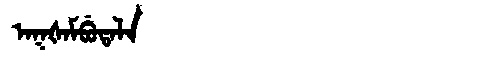
Manchu: ᠠᡴᡧᠠᠮᠪᡠᡨᠠᠯᠠ
Romanization: AKŠAMBUTALA